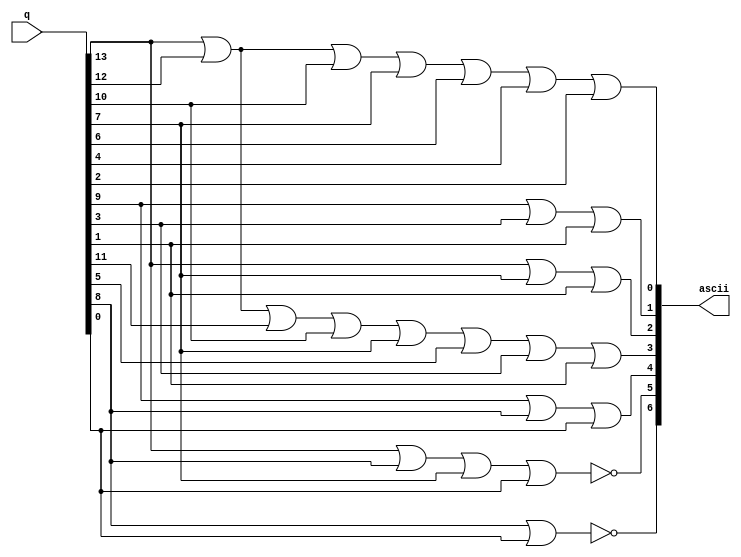
module Encoder(q, ascii); // reverse 2x4 decoder
   input [0:13] q;           // input unary bits = number of characters in your name + two space characters
   output [6:0] ascii;       // coded bits

/* --------------------------------------------------
Find ASCII hex code of each character of your name
    and conveter it to the binary and map it to q input
---------------------------------------------------*//*   
  
    q[i] ASCII 654 3210  Hex
               vvv vvvv
    q[0]   M   100 1101  4d     ------>  '4d' is ASCII hex code for 'M' and binary is 'MSB 1001101 LSB'
    q[1]   i   110 1001  69
    q[2]   h   110 1000  68
    q[3]   i   110 1001  69
    q[4]   r   111 0010  72
    q[5]       001 0000  20
    q[6]   M   100 1101  4d
    q[7]   a   110 0001  61
    q[8]   h   110 1000  68
    q[9]   a   110 0001  61
    q[10]  j   110 1010  6a
    q[11]  a   110 0001  61
    q[12]  n   110 1110  6e
    q[13]      001 0000  20  
--------------------------------------------------------------------------------------------------------------*/
//     use OR gate(for 1 logic) or NOR gate(for 0 logic) for each ASCII bits (7 ascii bits are there as output)
//-------------------------------------------------------------------------------------------------------------
   or(ascii[0], q[0], q[1], q[3], q[6], q[7], q[9], q[11]);
   or(ascii[1], q[4], q[10], q[12]); // ---------> 2nd bit from LSB of q4, q10 and q12 is '1' so OR-ing them will get ASCII 1
   or(ascii[2], q[0], q[6], q[12]);  // ---------> 3rd bit from LSB of q0, q6 and q12 is '1' so OR-ing them will get ASCII 2
   or(ascii[3], q[0], q[1],q[2], q[3], q[6], q[8], q[10], q[12]);
   or(ascii[4], q[4], q[5],q[13]);
   nor(ascii[5], q[0],q[5], q[6],q[13]);  // ----> 6th bit of q0, q5, q6 and q13 is '0' 
   nor(ascii[6], q[5] ,q[13]); // ----> 7th bit of q5 and q13 is '0' 
                              // so used NOR for easy use instead of writing too many ones and OR-ing them.
   
endmodule